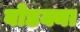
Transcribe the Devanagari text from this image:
बोडक्या